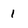
Character: 1